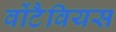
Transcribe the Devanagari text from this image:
वोंटैवियस